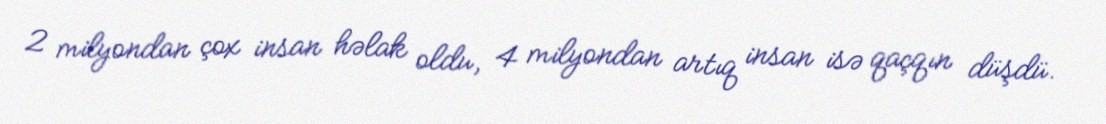
2 milyondan çox insan həlak oldu, 4 milyondan artıq insan isə qaçqın düşdü.